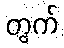
တွက်